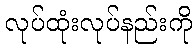
လုပ်ထုံးလုပ်နည်းကို